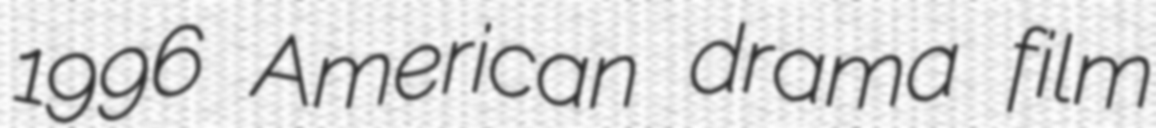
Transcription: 1996 American drama film